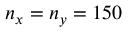
n _ { x } = n _ { y } = 1 5 0